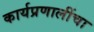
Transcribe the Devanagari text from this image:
कार्यप्रणालींचा